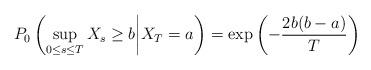
LaTeX: \begin{align*}P_0\left(\sup_{0\leq s\leq T}X_s\geq b\middle|X_T=a\right)=\exp\left(-\frac{2b(b-a)}{T}\right)\end{align*}